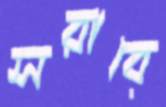
সরাবে